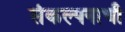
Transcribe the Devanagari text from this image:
संकल्पनाची